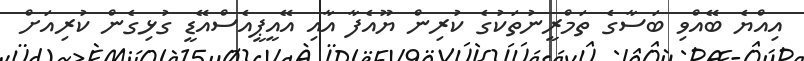
އިއްޔެ ބޭއްވި ބަސާގެ ތަމްރީނުތަކުގެ ކުރިން ޔޫއެފާ އާއި އޭއީޕީއެސްއޭޑީ ގުޅިގެން ކުރިއަށް